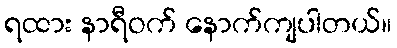
ရထား နာရီဝက် နောက်ကျပါတယ်။